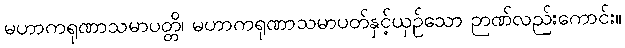
မဟာကရုဏာသမာပတ္တိ၊ မဟာကရုဏာသမာပတ်နှင့်ယှဉ်သော ဉာဏ်လည်းကောင်း။